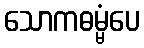
သောကဓမ္မံပေ